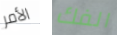
الأمر الفك